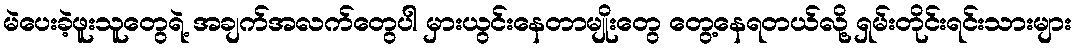
မဲပေးခဲ့ဖူးသူတွေရဲ့ အချက်အလက်တွေပါ မှားယွင်းနေတာမျိုးတွေ တွေ့နေရတယ်လို့ ရှမ်းတိုင်းရင်းသားများ